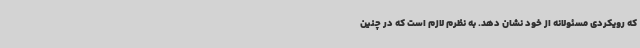
که رویکردی مسئولانه از خود نشان دهد. به نظرم لازم است که در چنین